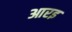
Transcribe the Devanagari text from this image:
आरइ